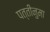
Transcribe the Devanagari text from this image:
पत्तीनुमा